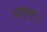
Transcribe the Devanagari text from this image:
भाएगा।